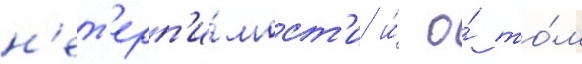
н'ет'ерп'и́мост'и и́ о́ то́м